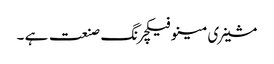
مشینری مینوفیکچرنگ صنعت ہے ۔